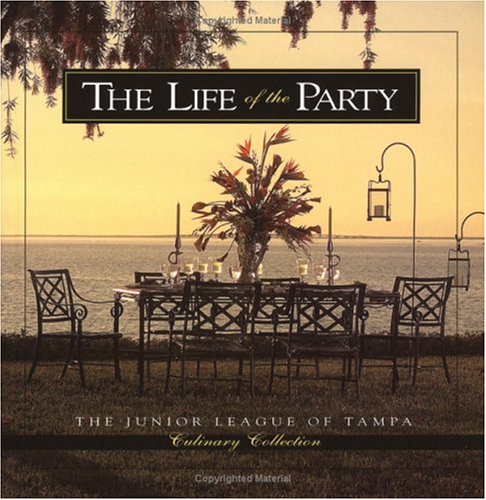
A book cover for Life of the Party (Junior League of Tampa Culinary Collection); Junior League of Tampa; Cookbooks, Food & Wine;